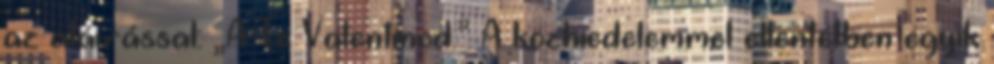
az aláírással: „A Te Valentinod.” A közhiedelemmel ellentétben egyik